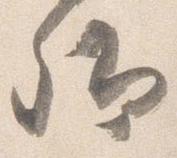
卿